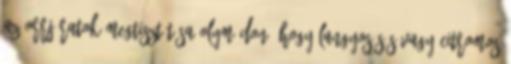
az orrjáratok megtisztítása olymódon, hogy langyos sós vagy citromos